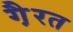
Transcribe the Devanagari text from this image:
गै़रत